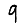
Digit: 9